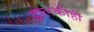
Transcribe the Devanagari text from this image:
ढोलकीही